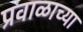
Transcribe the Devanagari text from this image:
प्रवाळाच्या